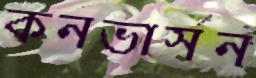
কনভার্সন